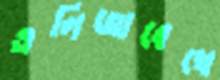
এলিজাবেখে